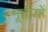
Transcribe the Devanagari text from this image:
मूर्तीयों